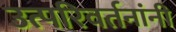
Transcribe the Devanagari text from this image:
उत्परिवर्तनांनी